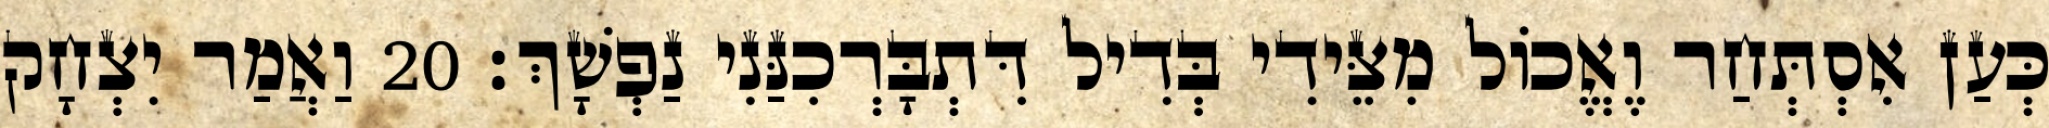
כְּעַן אִסְתְּחַר וֶאֱכוֹל מִצֵּידִי בְּדִיל דִּתְבָּרְכִנַּנִי נַפְשָׁךְ׃ 20 וַאֲמַר יִצְחָק